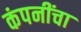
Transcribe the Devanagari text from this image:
कंपनींचा